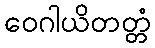
ဝေဂါယိတတ္တံ